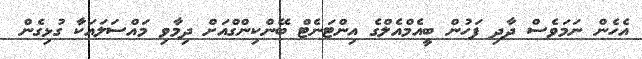
އެހެން ނަމަވެސް ދާދި ފަހުން ބީއެމްއެލްގެ އިންޓަނެޓް ބޭންކިންގްއަށް ދިމާވި މައްސަލައަކާ ގުޅިގެން